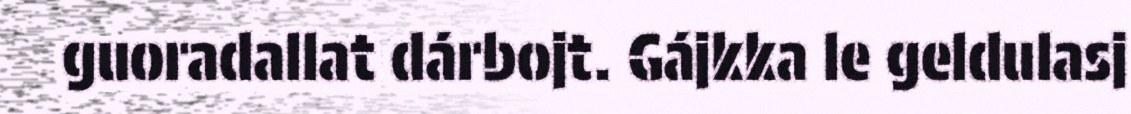
guoradallat dárbojt. Gájkka le geldulasj